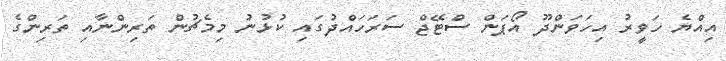
އިއްޔެ ހަވީރު އިހަވަންދޫ އޯޕަން ސްޓޭޖް ސަރަހައްދުގައި ކުޅުނު މިމެޗުން ތަރިންނާއި ތަރިންގެ